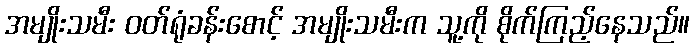
အမျိုးသမီး ဝတ်ရုံခန်းစောင့် အမျိုးသမီးက သူ့ကို စိုက်ကြည့်နေသည်။